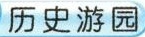
历史游园